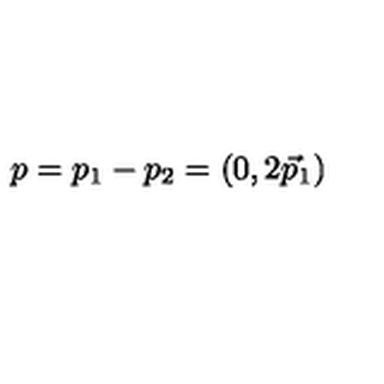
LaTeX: p = p _ { 1 } - p _ { 2 } = ( 0 , 2 \vec { p } _ { 1 } )